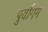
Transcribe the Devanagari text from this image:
पुर्वागम